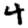
Digit: 4